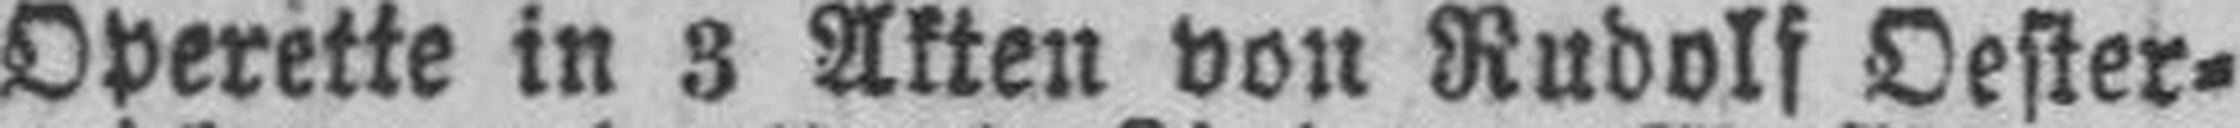
Operette in 3 Akten von Rudolf Oester¬